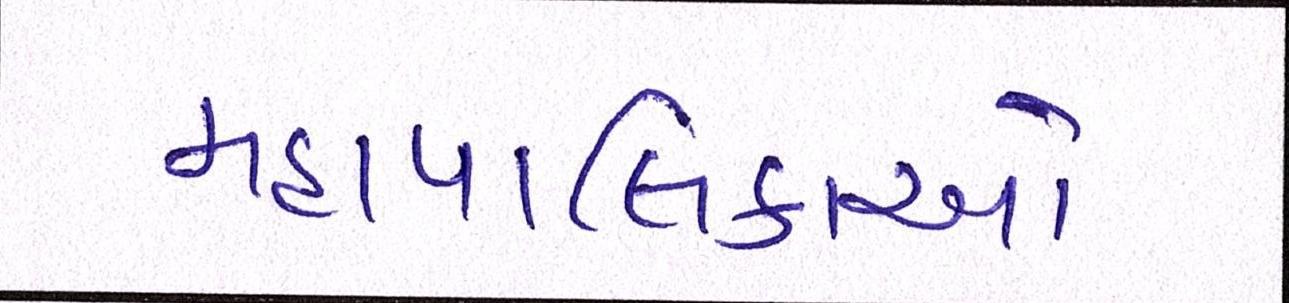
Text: મહાપાલિકાઓ